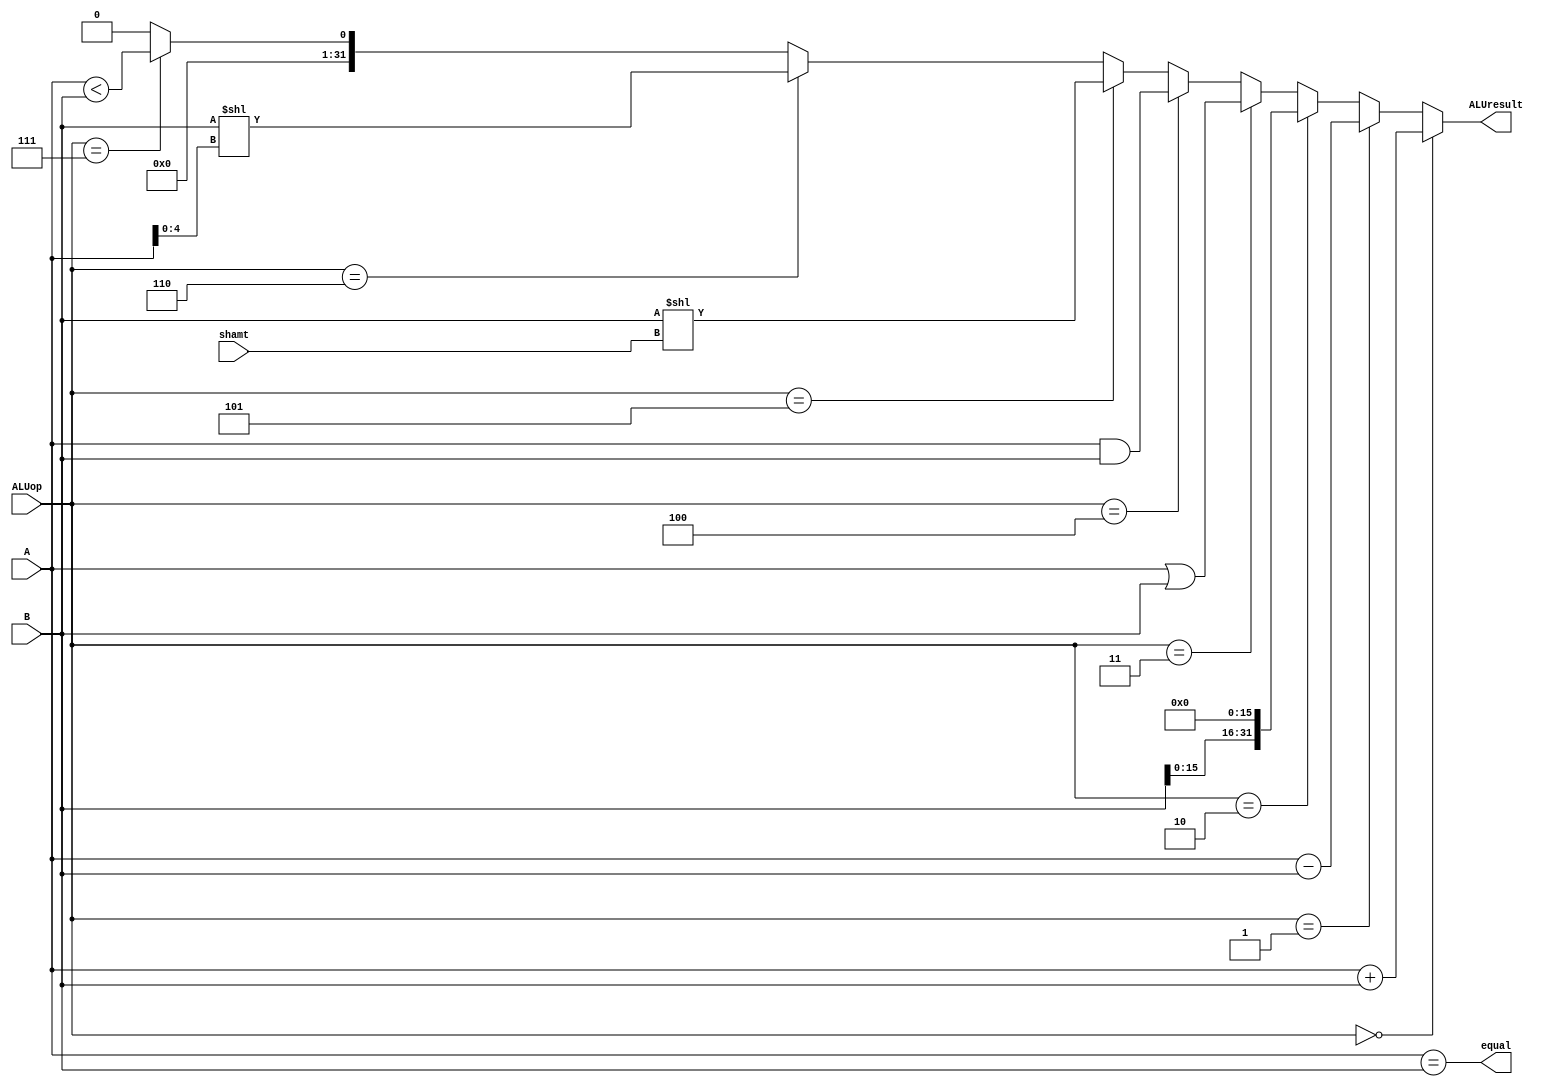
module ALU (
    input [31:0] A,
    input [31:0] B,
    input [4:0] shamt,
    input [3:0] ALUop,
    output equal,
    output [31:0] ALUresult
);
    assign ALUresult = (ALUop == 0) ? A + B :
                       (ALUop == 1) ? A - B :
                       (ALUop == 2) ? B << 16 :
                       (ALUop == 3) ? A | B :
                       (ALUop == 4) ? A & B :
                       (ALUop == 5) ? B << shamt :
                       (ALUop == 6) ? B << A[4:0] : 
                       (ALUop == 7) ? {{31{1'b0}}, $signed($signed(A) < $signed(B))} : 0;

    assign equal = (A == B);

endmodule